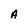
Character: A